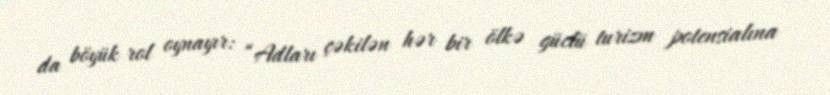
da böyük rol oynayır: “Adları çəkilən hər bir ölkə güclü turizm potensialına